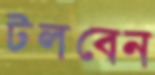
টলবেন